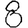
Digit: 8